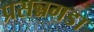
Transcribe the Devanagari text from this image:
प्रसन्नगडा